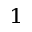
^ 1